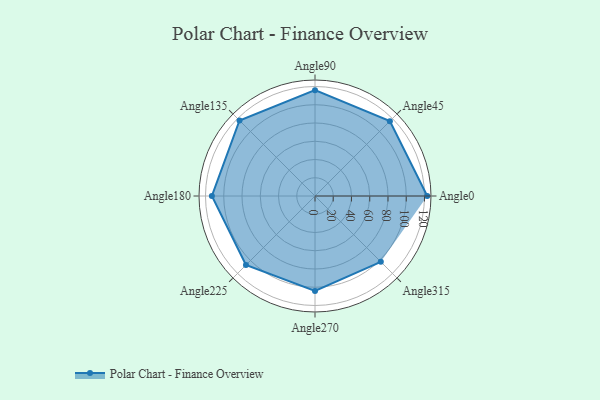
{"axis": {"x": "Angle", "y": "Radius"}, "legend": [""], "data": [{"x": "Angle0", "y": 123.0, "type": ""}, {"x": "Angle45", "y": 116.0, "type": ""}, {"x": "Angle90", "y": 116.0, "type": ""}, {"x": "Angle135", "y": 117.0, "type": ""}, {"x": "Angle180", "y": 113.0, "type": ""}, {"x": "Angle225", "y": 107.0, "type": ""}, {"x": "Angle270", "y": 104.0, "type": ""}, {"x": "Angle315", "y": 102.0, "type": ""}]}